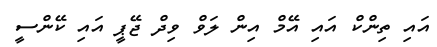
އައި ތިންކް އައި އޭމް އިން ލަވް ވިދް ޖޭޕީ އައި ކޭންސީ